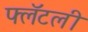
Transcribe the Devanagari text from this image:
फ्लॅटली